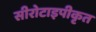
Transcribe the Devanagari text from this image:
सीरोटाइपीकृत